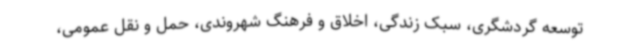
توسعه گردشگری، سبک زندگی، اخلاق و فرهنگ شهروندی، حمل و نقل عمومی،